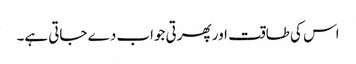
اس کی طاقت اور پھرتی جواب دے جاتی ہے۔